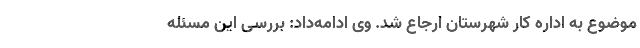
موضوع به اداره کار شهرستان ارجاع شد. وی ادامه‌داد: بررسی این مسئله